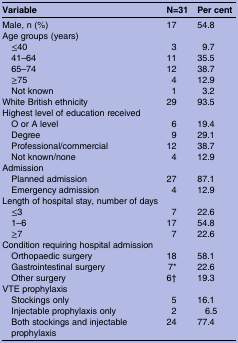
<table><thead><tr><td><b>Variable</b></td><td><b>N=31</b></td><td><b>Per cent</b></td></tr></thead><tbody><tr><td>Male, n (%)</td><td>17</td><td>54.8</td></tr><tr><td colspan="3">Age groups (years)</td></tr><tr><td> ≤40</td><td>3</td><td>9.7</td></tr><tr><td> 41–64</td><td>11</td><td>35.5</td></tr><tr><td> 65–74</td><td>12</td><td>38.7</td></tr><tr><td> ≥75</td><td>4</td><td>12.9</td></tr><tr><td> Not known</td><td>1</td><td>3.2</td></tr><tr><td>White British ethnicity</td><td>29</td><td>93.5</td></tr><tr><td colspan="3">Highest level of education received</td></tr><tr><td> O or A level</td><td>6</td><td>19.4</td></tr><tr><td> Degree</td><td>9</td><td>29.1</td></tr><tr><td> Professional/commercial</td><td>12</td><td>38.7</td></tr><tr><td> Not known/none</td><td>4</td><td>12.9</td></tr><tr><td colspan="3">Admission</td></tr><tr><td> Planned admission</td><td>27</td><td>87.1</td></tr><tr><td> Emergency admission</td><td>4</td><td>12.9</td></tr><tr><td colspan="3">Length of hospital stay, number of days</td></tr><tr><td> ≤3</td><td>7</td><td>22.6</td></tr><tr><td> 1–6</td><td>17</td><td>54.8</td></tr><tr><td><b> </b>≥7</td><td>7</td><td>22.6</td></tr><tr><td colspan="3">Condition requiring hospital admission</td></tr><tr><td> Orthopaedic surgery</td><td>18</td><td>58.1</td></tr><tr><td> Gastrointestinal surgery</td><td>7*</td><td>22.6</td></tr><tr><td> Other surgery</td><td>6†</td><td>19.3</td></tr><tr><td colspan="3">VTE prophylaxis</td></tr><tr><td> Stockings only</td><td>5</td><td>16.1</td></tr><tr><td> Injectable prophylaxis only</td><td>2</td><td> 6.5</td></tr><tr><td> Both stockings and injectable prophylaxis</td><td>24</td><td>77.4</td></tr></tbody></table>